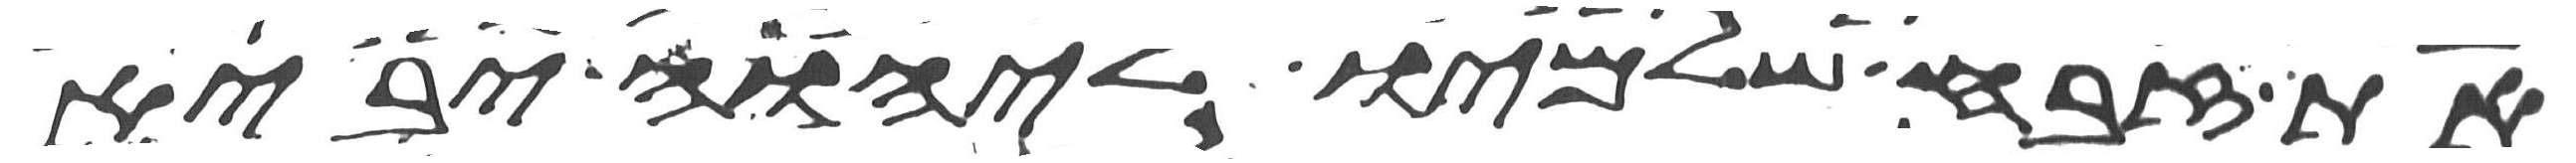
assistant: את זבח שלמיו ליהוה יביא